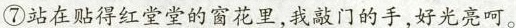
⑦\underline{站在贴得红堂堂的窗花里，我敲门的手，好光亮呵。 }